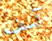
آسف